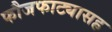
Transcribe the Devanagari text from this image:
फौजफाट्यासह